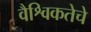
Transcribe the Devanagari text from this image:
वैश्विकतेचे